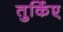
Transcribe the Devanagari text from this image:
तुर्किए